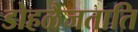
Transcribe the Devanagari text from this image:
डोहळैजताति